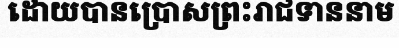
ដោយបានប្រោសព្រះរាជទាននាម